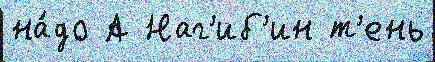
на́до А Наг'иб'ин т'ень